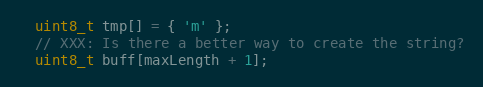
Language: C++
  uint8_t tmp[] = { 'm' };
  // XXX: Is there a better way to create the string?
  uint8_t buff[maxLength + 1];